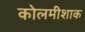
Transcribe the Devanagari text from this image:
कोलमीशाक